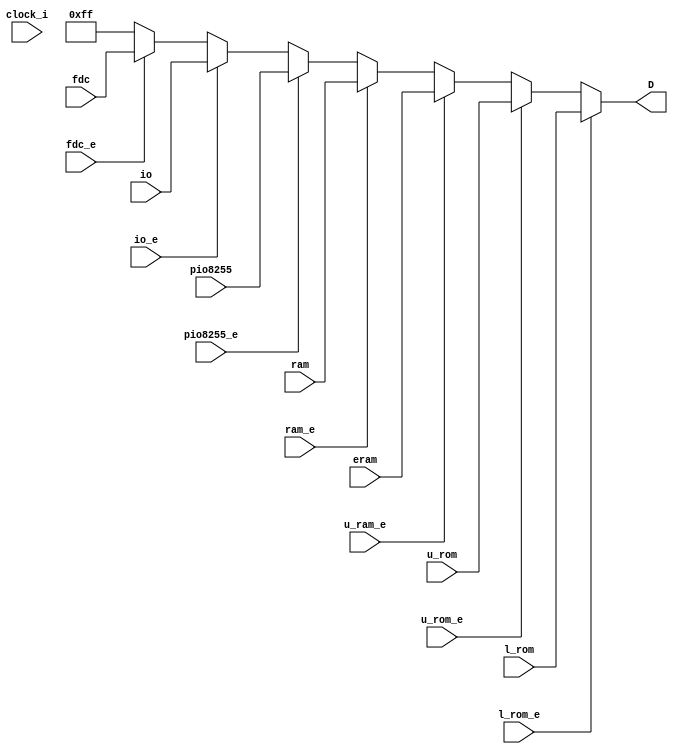
module dat_i_arbiter(
		// Clock
		input wire clock_i,

		// Output
		output wire [7:0] D,
		
		// Lower Rom module
		input [7:0] l_rom,
		input l_rom_e,
		
		// Lower Rom module
		input [7:0] u_rom,
		input u_rom_e,

		// Ram module
		input [7:0] ram,
		input ram_e,

		// Extended Ram modules
		input [7:0] eram,
		input u_ram_e,
		
		// Standard 8255 PIO
		input [7:0] pio8255,
		input pio8255_e,
		
		// Printer IO
		input [7:0] io,
		input io_e,
		
		// FDC IO
		input [7:0] fdc,
		input fdc_e
	);

	// Wire definitions ===========================================================================

	// Registers ==================================================================================

	// Assignments ================================================================================
	
	// Module connections =========================================================================
	
	// Simulation branches and control ============================================================
	
	// Other logic ================================================================================
	
	//always @(negedge clock_i)
	assign D =	(l_rom_e) ? l_rom :
					(u_rom_e) ? u_rom :
					(u_ram_e) ? eram :
					(ram_e) ? ram :
					(pio8255_e) ? pio8255 :
					(io_e) ? io :
					(fdc_e) ? fdc :
					8'd255;
endmodule